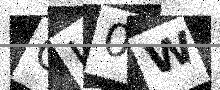
Text: GI0W